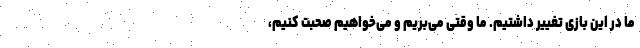
ما در این بازی تغییر داشتیم. ما وقتی می‌بریم و می‌خواهیم صحبت کنیم،